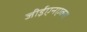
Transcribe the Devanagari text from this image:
जीईएनएक्स